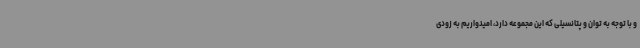
و با توجه به توان و پتانسیلی که این مجموعه دارد، امیدواریم به زودی